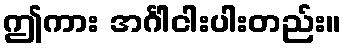
ဤကား အင်္ဂါငါးပါးတည်း။